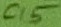
Text: C15